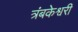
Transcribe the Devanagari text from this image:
त्रंबकेश्वरी